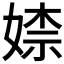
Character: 𡞫